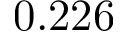
0 . 2 2 6